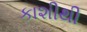
કાશીથી